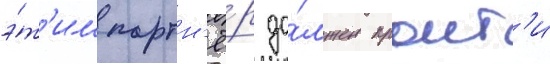
э́т'им партн'ё́р до́лжен проит'и